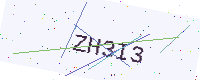
Text: ZH3I3